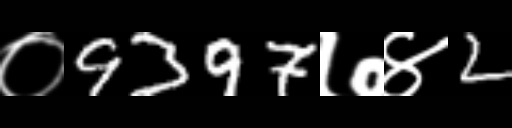
Text: ०9397७४2